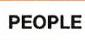
PEOPLE